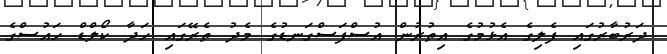
ދަރުބާރުގައި ފެލިގެ އެޅުމުގެ އިތުރުން އުސްފަސްގަނޑުގެ މެދު ތެރޭގައި ހަދާ ކޯލްޑް ހައުސްގެ